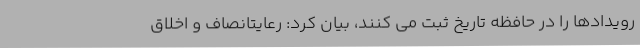
رویدادها را در حافظه تاریخ ثبت می کنند، بیان کرد: رعایتانصاف و اخلاق